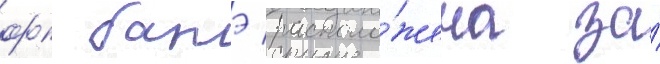
фк батэ располо́жена за́